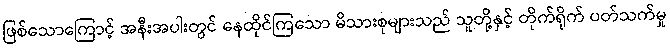
ဖြစ်သောကြောင့် အနီးအပါးတွင် နေထိုင်ကြသော မိသားစုများသည် သူတို့နှင့် တိုက်ရိုက် ပတ်သက်မှု